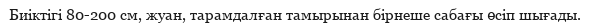
Биіктігі 80-200 см, жуан, тарамдалған тамырынан бірнеше сабағы өсіп шығады.